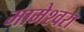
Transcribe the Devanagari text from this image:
मामेश्‍वरा